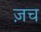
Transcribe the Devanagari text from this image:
ज़च